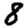
Digit: 8